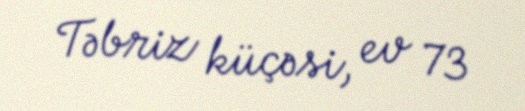
Təbriz küçəsi, ev 73